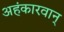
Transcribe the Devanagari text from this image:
अहंकारवान्